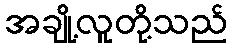
အချို့လူတို့သည်